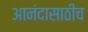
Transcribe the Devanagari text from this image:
आनंदासाठीच